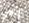
إلهي